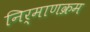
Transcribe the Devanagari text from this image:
निर्माणक्रम